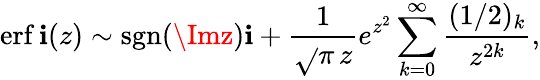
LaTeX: \operatorname{erf\mathbf{i}}(z)\sim\operatorname{sgn}(\Imz)\mathbf{i}+\frac{{1}}{{\sqrt{}{\pi}\, z}}e^{z^{2}}\sum_{k=0}^{\infty}\frac{{(1/2)_{k}}}{{z^{2k}}},